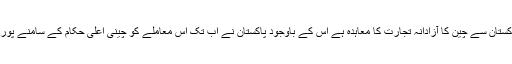
دلچسپ بات یہ ہے کہ پاکستان سے چین کا آزادانہ تجارت کا معاہدہ ہے اس کے باوجود پاکستان نے اب تک اس معاملے کو چینی اعلیٰ حکام کے سامنے پوری تیاری سے نہیں اُٹھایا۔